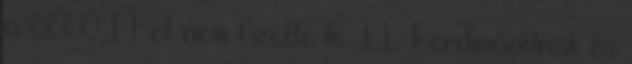
a 6000 Ft-ot nem fizette le II. Ferdinándnak és